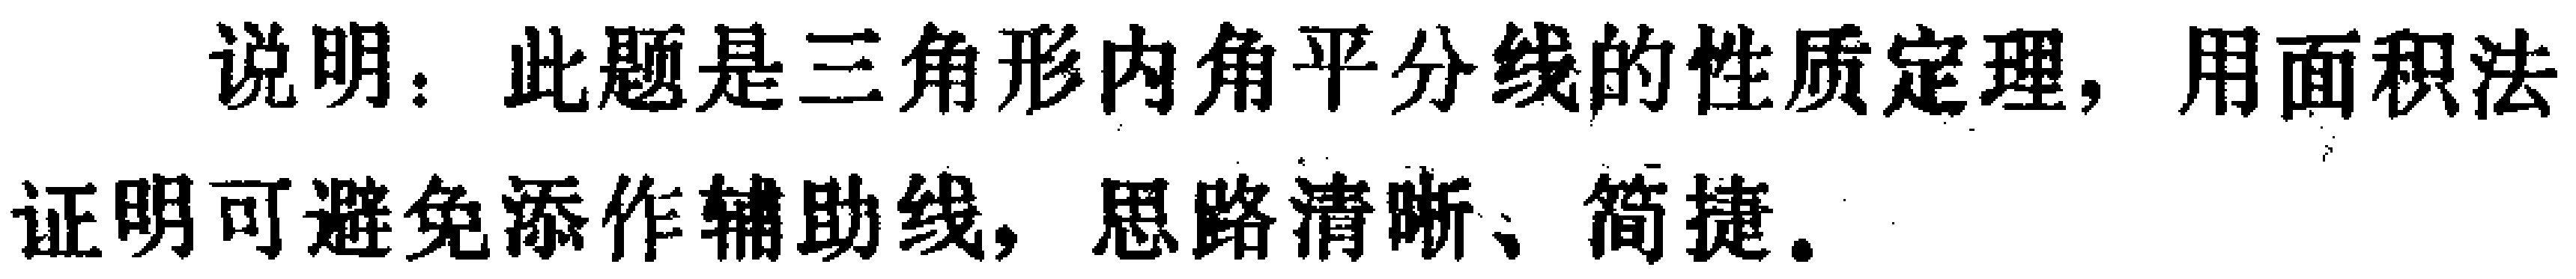
说明：此题是三角形内角平分线的性质定理，用面积法证明可避免添作辅助线，思路清晰、简捷。